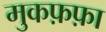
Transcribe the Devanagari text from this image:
मुकफ़फ़ा